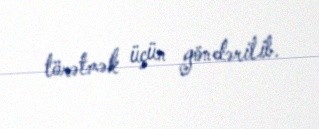
törətmək üçün göndərilib.